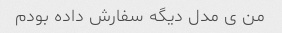
من ی مدل دیگه سفارش داده بودم